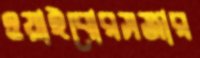
ওয়াইবোরসজার